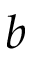
b